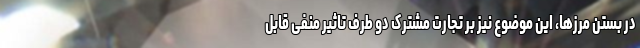
در بستن مرزها، این موضوع نیز بر تجارت مشترک دو طرف تاثیر منفی قابل